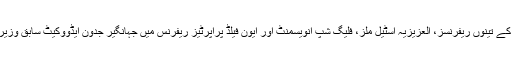
نواز شریف کے خلاف نیب کے تینوں ریفرنسز، العزیزیہ اسٹیل ملز، فلیگ شپ انویسمنٹ اور ایون فیلڈ پراپرٹیز ریفرنس میں جہانگیر جدون ایڈووکیٹ سابق وزیراعظم کی وکالت کریں گے۔